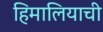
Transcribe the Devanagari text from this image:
हिमालियाची